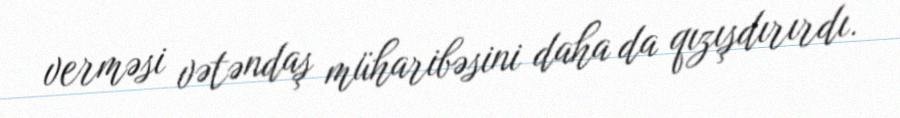
verməsi vətəndaş müharibəsini daha da qızışdırırdı.